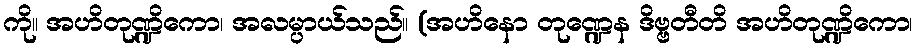
ကို။ အဟိတုဏ္ဍိကော၊ အလမ္ပာယ်သည်။ (အဟိနော တုဏ္ဍေန ဒိဗ္ဗတီတိ အဟိတုဏ္ဍိကော၊